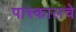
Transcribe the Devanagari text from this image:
पास्कालचे